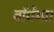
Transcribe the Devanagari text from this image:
बाँधेंगा।